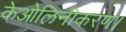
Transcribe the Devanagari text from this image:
केओलिनीकरण।